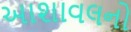
આશાવલનો